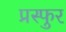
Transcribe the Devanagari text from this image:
प्रस्फुर